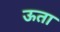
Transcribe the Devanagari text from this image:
ऊता